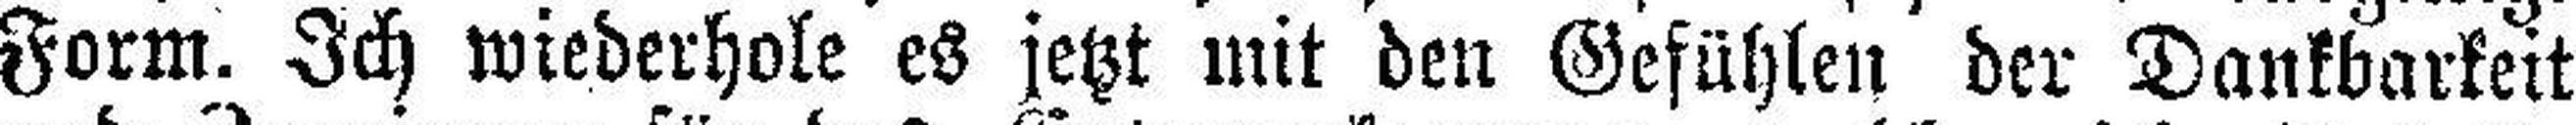
Form. Ich wiederhole es jetzt mit den Gefühlen der Dankbarkeit